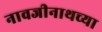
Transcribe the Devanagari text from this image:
नावजीनाथच्या